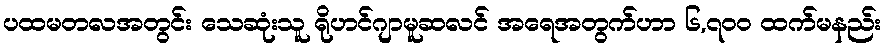
ပထမတလအတွင်း သေဆုံးသူ ရိုဟင်ဂျာမူဆလင် အရေအတွက်ဟာ ၆,၇၀၀ ထက်မနည်း